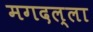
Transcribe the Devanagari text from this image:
मगदल्ला